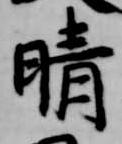
晴